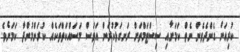
ކުރިއަށް ގެންދެވެން ނެތް ކަމަށާއި ސިސްޓަމްތަށް ރަނގަޅުކުރަން އަވަސް މަސައްކަތްތަކެއް ކުރަންމުންދާ ކަމަށެވެ.